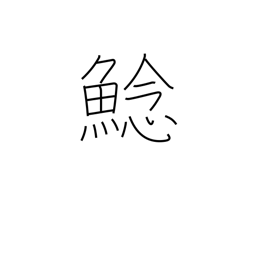
Meaning: fresh-water catfish